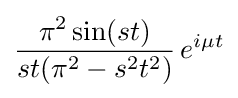
{\frac {\pi ^{2}\sin(st)}{st(\pi ^{2}-s^{2}t^{2})}}\,e^{i\mu t}